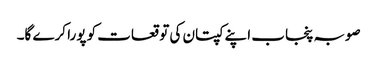
صوبہ پنجاب اپنے کپتان کی توقعات کو پورا کرے گا۔